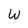
Character: w